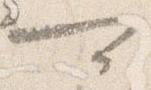
可